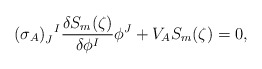
\begin{align*}(\sigma_A)_J^{~~\!I} \frac{\delta S_m(\zeta)}{\delta \phi^I} \phi^J +V_A S_m(\zeta) = 0,\end{align*}